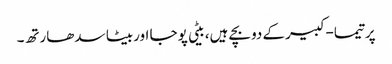
پرتیما-کبیرکے دوبچے ہیں، بیٹی پوجا اوربیٹا سدھارتھ۔